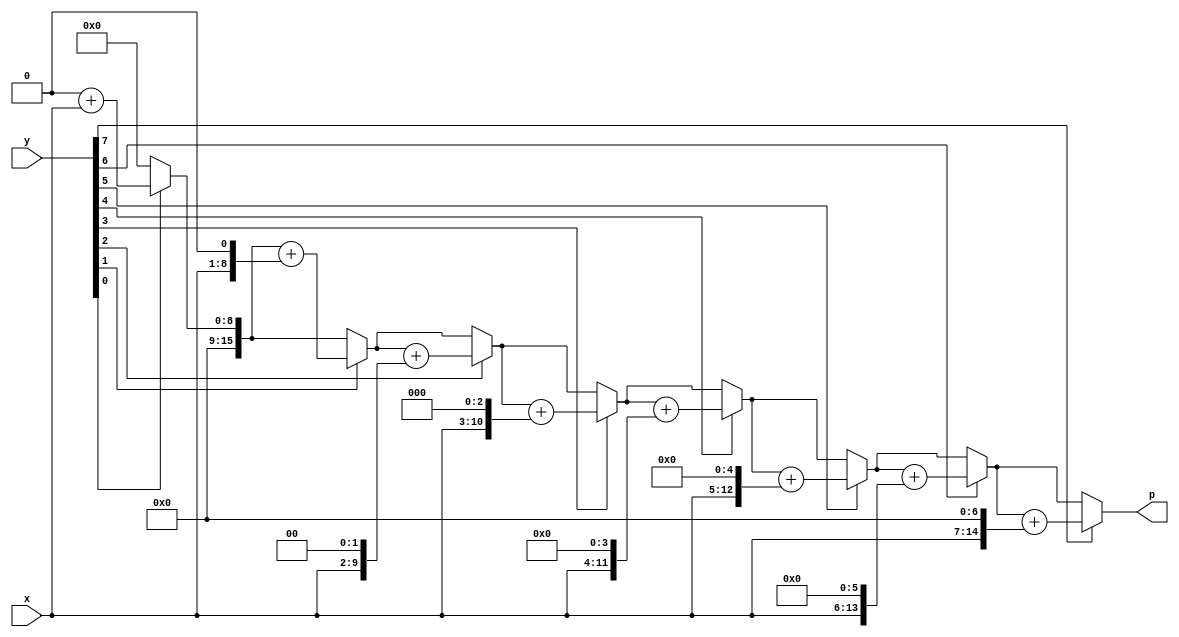
module mult8(p,x,y); 
output [15:0]p;
input [7:0]x,y; 
reg [15:0]p;
reg [15:0]a;
integer i; 

always @(x , y)
begin 
  a=x;
  p=0; // needs to zeroed
  for(i=0;i<8;i=i+1)
  begin
    if(y[i])
      p=p+a; // must be a blocking assignment
    a=a<<1;
  end
end
endmodule